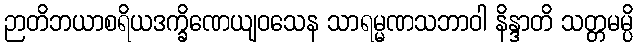
ဉာတိဘယာစရိယဒက္ခိဏေယျဝသေန သာရမ္မဏသဘာဝါ နိန္ဒာတိ သတ္တမမ္ပိ